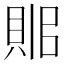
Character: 𧵫